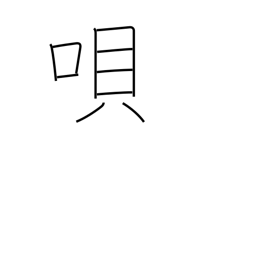
Meaning: song